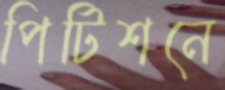
পিটিশনে